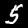
Label: 5